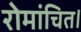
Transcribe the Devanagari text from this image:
रोमांचित।